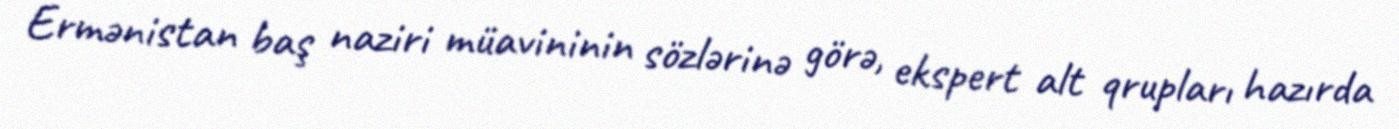
Ermənistan baş naziri müavininin sözlərinə görə, ekspert alt qrupları hazırda